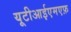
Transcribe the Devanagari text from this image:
यूटीआईएमएफ़